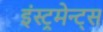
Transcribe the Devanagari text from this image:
इंस्ट्रुमेन्ट्स